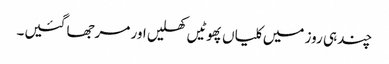
چند ہی روز میں کلیاں پھوٹیں کھلیں اور مرجھا گئیں۔